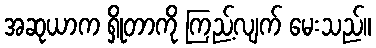
အဆုယာက ရှိုတာကို ကြည့်လျက် မေးသည်။